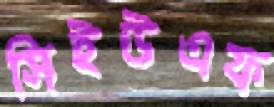
সিইউএফ